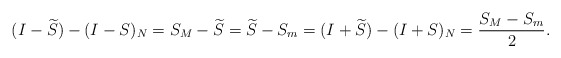
\begin{align*} (I-\widetilde{S})-(I-S)_N=S_M-\widetilde{S}=\widetilde{S}-S_m=(I+\widetilde{S})-(I+S)_N=\frac{S_M-S_m}{2}.\end{align*}